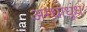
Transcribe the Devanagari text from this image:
अम्धाधुंध